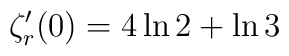
\zeta_r^{\prime}(0) = 4 \ln 2 + \ln 3